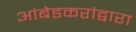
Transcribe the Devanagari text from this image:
आंबेडकरांद्वारा